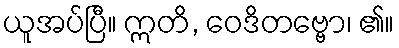
ယူအပ်ပြီ။ ဣတိ, ဝေဒိတဗ္ဗော၊ ၏။